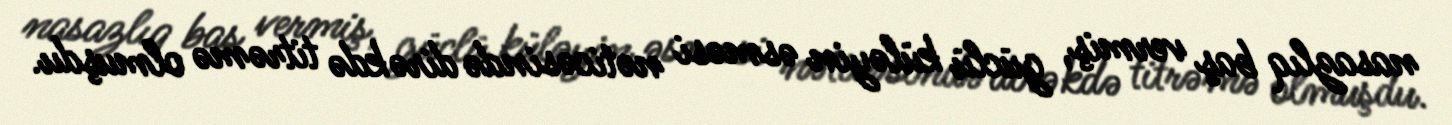
nasazlıq baş vermiş, güclü küləyin əsməsi nəticəsində dirəkdə titrəmə olmuşdu.